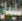
سليمان